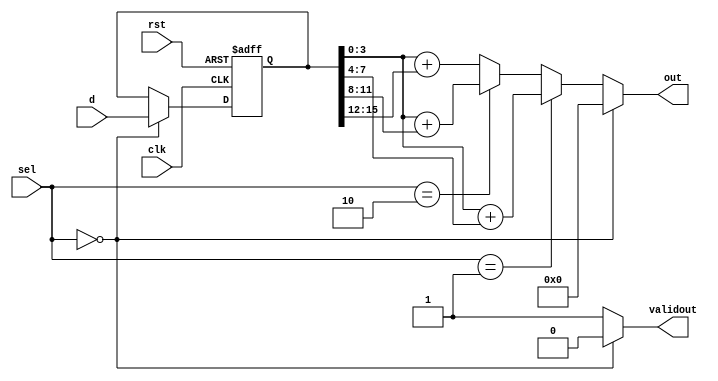
// ======================================================================
// Affiliation:			Tsinghua Univ
// Module Name:			data_cal
// Description:			see Verilog VL5 practice on nowcoder.com
// Additional Comments:	VL5 on nowcoder
// ======================================================================

`timescale 1ns/1ns

module data_cal (
	input	wire				clk,
	input	wire				rst,
	input	wire	[15: 0]		d,
	input	wire	[1: 0]		sel,
	output	wire	[4: 0]		out,
	output	wire				validout
);

reg		[15: 0]		d_reg;

assign	validout  =	(sel == 2'd0) ? 1'b0 : 1'b1;
assign	out       =	(sel == 2'd0) ? 5'd0 :
					(sel == 2'd1) ? (d_reg[3: 0] + d_reg[7: 4]) :
					(sel == 2'd2) ? (d_reg[3: 0] + d_reg[11: 8]) : (d_reg[3: 0] + d_reg[15: 12]);

always @(posedge clk or negedge rst) begin
	if (~rst) begin
		d_reg <= 16'd0;
	end
	else begin
		if (sel == 2'd0) begin
			d_reg <= d;
		end
	end
end

endmodule